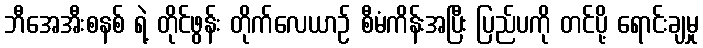
ဘီအေအီးစနစ် ရဲ့ တိုင်ဖွန်း တိုက်လေယာဉ် စီမံကိန်းအပြီး ပြည်ပကို တင်ပို့ ရောင်းချမှု